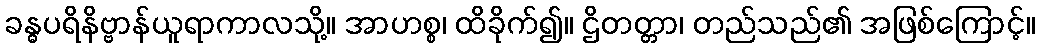
ခန္ဓပရိနိဗ္ဗာန်ယူရာကာလသို့။ အာဟစ္စ၊ ထိခိုက်၍။ ဌိတတ္တာ၊ တည်သည်၏ အဖြစ်ကြောင့်။